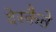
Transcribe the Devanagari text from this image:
देस्कैते